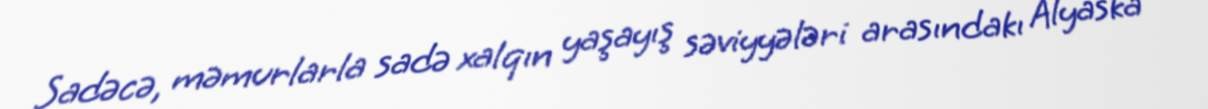
Sadəcə, məmurlarla sadə xalqın yaşayış səviyyələri arasındakı Alyaska